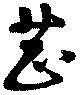
芝